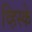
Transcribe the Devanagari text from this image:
व्हिस्के